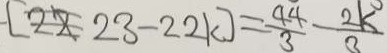
[ 2 x , 2 3 - 2 2 k ] = \frac { 4 4 } { 3 } - \frac { 2 k ^ { \circ } } { 3 }